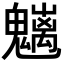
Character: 𩴭